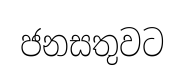
ජනසතුවට